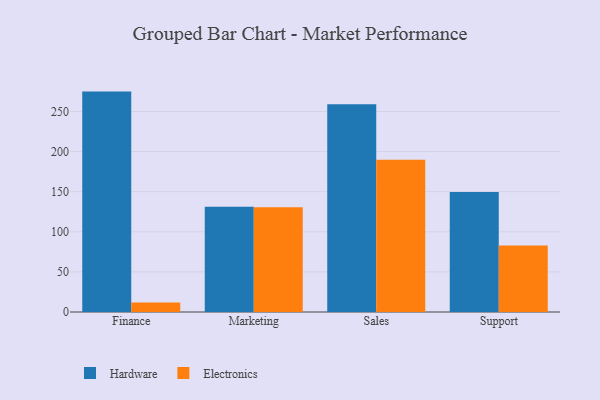
{"axis": {"x": "Department", "y": "Website Visitors"}, "legend": ["Electronics", "Hardware"], "data": [{"x": "Finance", "y": 274.8, "type": "Hardware"}, {"x": "Finance", "y": 12.0, "type": "Electronics"}, {"x": "Marketing", "y": 131.3, "type": "Hardware"}, {"x": "Marketing", "y": 130.5, "type": "Electronics"}, {"x": "Sales", "y": 259.0, "type": "Hardware"}, {"x": "Sales", "y": 189.9, "type": "Electronics"}, {"x": "Support", "y": 149.6, "type": "Hardware"}, {"x": "Support", "y": 82.9, "type": "Electronics"}]}